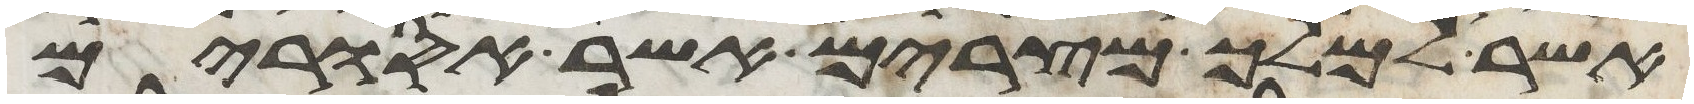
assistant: אשר למלך מצרים אשר אסורים